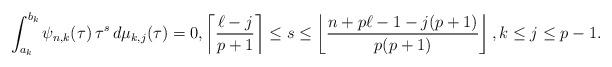
LaTeX: \begin{align*}\int_{a_{k}}^{b_{k}}\psi_{n,k}(\tau)\,\tau^{s}\,d\mu_{k,j}(\tau)=0,\left\lceil\frac{\ell-j}{p+1}\right\rceil\leq s\leq \left\lfloor\frac{n+p\ell-1-j(p+1)}{p(p+1)}\right\rfloor,k\leq j\leq p-1.\end{align*}